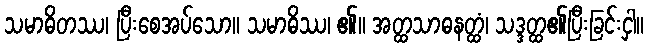
သမာဓိတဿ၊ ပြီးစေအပ်သော။ သမာဓိဿ၊ ၏။ အတ္ထသာဓနတ္ထံ၊ သဒ္ဒတ္ထ၏ပြီးခြင်းငှါ။